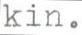
kin.